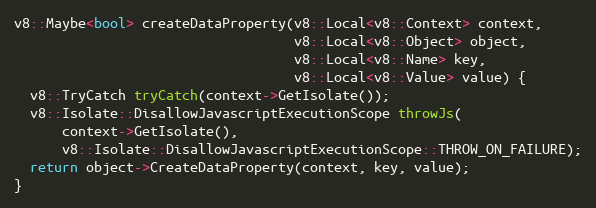
Language: C++
v8::Maybe<bool> createDataProperty(v8::Local<v8::Context> context,
                                   v8::Local<v8::Object> object,
                                   v8::Local<v8::Name> key,
                                   v8::Local<v8::Value> value) {
  v8::TryCatch tryCatch(context->GetIsolate());
  v8::Isolate::DisallowJavascriptExecutionScope throwJs(
      context->GetIsolate(),
      v8::Isolate::DisallowJavascriptExecutionScope::THROW_ON_FAILURE);
  return object->CreateDataProperty(context, key, value);
}